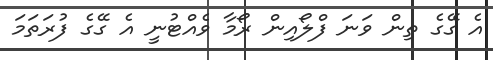
އެ ގޭގެ ތިން ވަނަ ފްލޯއިން ރޯމާ ވެއްޓުނީ އެ ގޭގެ ފުރަތަމަ